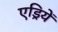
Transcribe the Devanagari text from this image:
एड्रियें